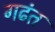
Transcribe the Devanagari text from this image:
गढंत